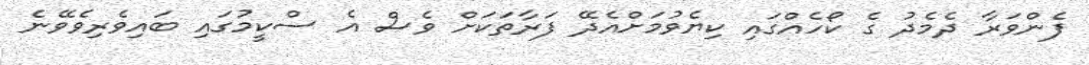
ފެންވަރާ ދެމެދު ގެ ކޯހެއްގައި ކިޔެވުމަށްއެދޭ ފަރާތަކަށް ވެސް އެ ސްކީމުގައި ބައިވެރިވެވޭނެ